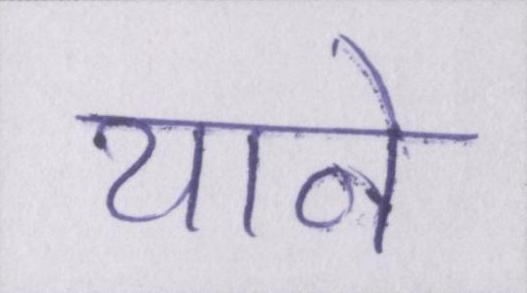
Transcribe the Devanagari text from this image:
याने